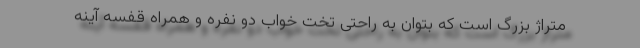
متراژ بزرگ است که بتوان به راحتی تخت خواب دو نفره و همراه قفسه آینه